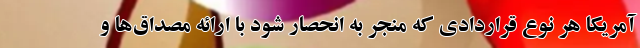
آمریکا هر نوع قراردادی که منجر به انحصار شود با ارائه مصداق‌ها و